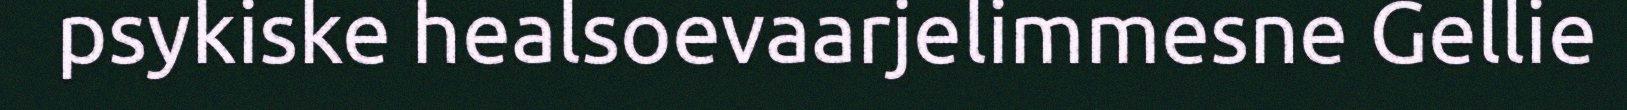
psykiske healsoevaarjelimmesne Gellie